Vital statistics of India. Vol. IV, Annual returns from 1871 to 1876. British Army of India, Native Army and jails of Bengal
Year: 1871
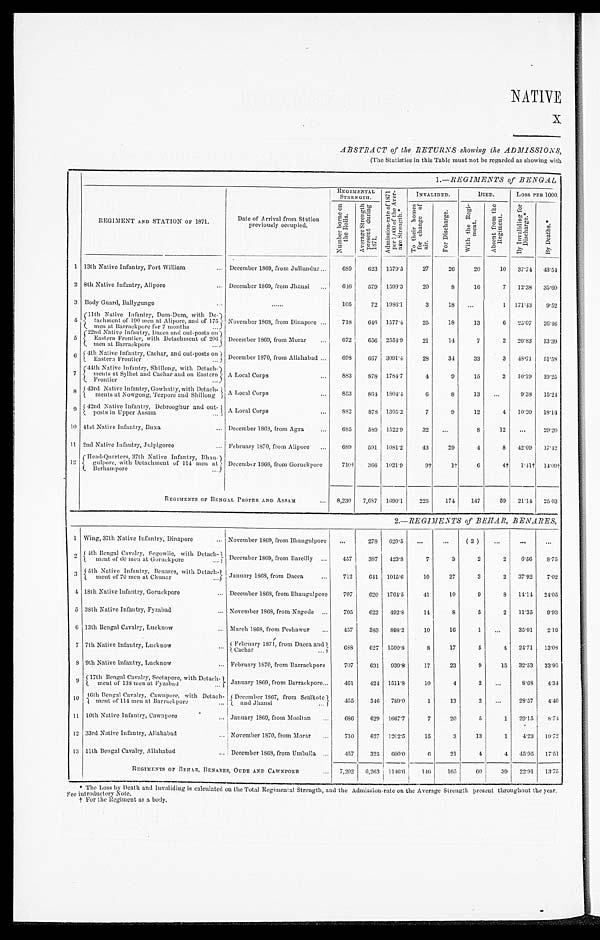
NATIVE
x
ABSTRACT of the RETURNS showing the ADMISSIONS,
(The Statistics in this Table must not be regarded as showing with
I.—REGIMENTS of BENGAL
REGIMENT AND STATION OF 1871.
Date of Arrival from Station
previously occupied.
REGIMENTAL STRENGTH.
A a A d m i s s i o n r a t e o f 1 8 7 1 p e r 1 , 0 0 0 o f t h e A v e r a g e S t r e n g h t
INVALIDED
DIED.
LOSS PER 1000.
N u m b e r b o r n e o n t h e R o l l s . A v e r a g e S t r e n g t h p r e s e n t d u r i n g 1 8 7 1 .
T o t h e i r h o m e s f o r c h a n g e o f a i r .
F o r D i s c h a r g e .
W i t h t h e R e g i m e n t .
A b s e n t f r o m t h e R e g i m e n t .
B y I n v a l i d i n g f o r D i s c h a r g e . ‫٭‬
B y D e a t h s .
‫٭‬
1 13th Native Infantry, Fort William
... December 1869, from Jullundur ... 689 623 1579.5
27
26
20
10 37.74 43.54
2 8th Native Infantry, Alipore
... December 1869, from Jhansi
. . . 616 579 1599.3
20
8
16
7 12.38 35. 60
3 Body Guard, Ballygunge
..
......
105
72 1986.1
3
18 ...
1 171.43 9. 52
4 11th Native Infantry Dum-Dum, with De
tachment of 190 men at Alipore, and of 175
men at Barracking for 7 months
November 1868, from Dinapore ... 718 641 1577.4
25
18
13
6 25.07 26. 16
5 22nd Native Infantry, Dacca and out-posts on
Eastern Frontier, with Detachment of 206
men at Barrack pore
December 1869, from Morar
. . . 672 656 2551' 9
21
14
7
2 20' 83 13.39
6 4th Native Infantry, Cachar, and out-posts on
Easter Frontier
D e c e m b e r 1 8 7 0 , f r o m A l l a h a b a d
... 698 667 3091.4
28
34
33
3 48.71 51. 59
7 44th Native Infantry, Shillong, with Detach
ments at Sylhet and Cachar and on Eastern
Frontier
A Local Corps
... 883 878 1784.7
4
9
15
2 10.19 19. 25
8 43rd Native Infantry, Gowhatty, with Detach
ments at Nowgong, Tezpore and Shillong A Local Corps
... 853
8 6 4 1 1804.4
6
8
13 ...
9.33 15. 21
9
5 42nd Native Infantry, Debrooghur and out-
and posts in Upper Assam ...
A Local Corps
. . . 882 878 1305.2
7
9
12
4 10.20 18.14
10 41st Native Infantry, Buxa
... December 1863, from Agra
... 685 599 1522' 9
32 ...
S
12
. . . 29' 2))
11 2nd Native Infantry, Julpigoree
... February 1370, from Alipore ... 689 591 1081.2
43
29
4
8 42.09 17. 42
12
H e a d - Q u a r t e r s , 3 7 t h N a t i v e I n f a n t r y B h a u g u l p o r e , w i t h D e t a c h m e n t o f 1 1 4 m e n a t B e r h a m p o r e D e c e m p e r 1 8 6 8 , f r o m G o r u c k p o r e
710† 366 1021' 9
9†
1†
6
4t
1 . 4 1 †
1 4 . 0 9 †
REGIMENTS OF BENGAL PROPER AND ASSAM
... 8,230 7,687 1090.1 225 174 147
59 21.14
2 5 0 3
2.— REGIMENTS of BEHAR, B ENARES,
1 Wing, 37th Native Infantry, Dinapore
... November 1869, from Bhaugulpore . . .
278 629.5 ...
. . .
(2 )
. . .
. . .
. . . .
2 4th Bengal Cavalry, Segowlie with Detachment of 60 men Goruckpore . . . December 1869 from Bareilly
. . . 457 387 423.8
7
3
2
2 6. 56 8.75
3 5th Native Infantry, Benares, with Detachment of 70 men at Chunar . . . January 1868, from Dacca ... 712 641 1015.6
10
27
3
2 37.92 7. 02
4 18th Native Infantry, Goruckpore
... December 1868, from Bhaugulpore 707 620 1761.5
41
10
9
8 14.14 24.05
5 38th Native Infantry, Fyzabad
... November 1869, from Nagode ... 705 623 492.8
14
8
5
2 11.35 9. 93
6 13th Bengal Cavalry, Lucknow
. . . March 1868, from Peshawur ... 457 383 898.2
10
16
1
. . . 35.01 2. 19 19
7 7th Native Infantry, Lucknow
. . . February 1871, from Dacca and
Cachar
...
688 627 1500.8
8
17
5
4 24.71 13.08
8 9th Native Infantry, Lucknow
... February 1870, from Barrckpore
707 631 939.8
17
23
9
15 32.53 33.95
9 17t h Bengal Caval r y, Seet apor e, wi t h Det achment of 138 men at Fyzabad . . .
January 1869, from Barrackpore ... 461 424 1511.8
10
4
2
. . . 3. 69 4.34
1 0 16th Bengal Cavalry, C a w n p o r e , w i t h D e t a c h -
ment of 114 men at Barrackpore ... December 1867, from Scalkote
and Jhansi
445
3 4 6
789.0
1
13
2
. . . 28.57 4. 40
11 10th Native Infantry, Cawnpore
... January 1869, from Mooltan ... 686 629 1667.7
7
20
5
1 29.15 8.74
1 2 33rd Native Infantry, Allahabad
... November 1870, from Morar ... 710 627
1 2 0 2 . 5 15
3
13
1 4. 23 19.72
13 11th Bengal Cavalry, Allahabad
... December 1868, from Umballa ... 457 325 600.0
6
21
4
4 45.05 17. 51
REGIMENTS OF BENARES, OUDE AND CAWNPORE
... 7,202 6,263 1146.6 146 165
6 0 39 22.91 13.75
‫٭‬ The Loss by Death and Invaliding is calculated on the Total Regimental Strength, and the Admission-rate on the Average Strength present throughout the year.
Fee introductory Note.
†For t he Regi ment as a body.